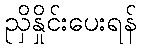
ညှိနှိုင်းပေးရန်